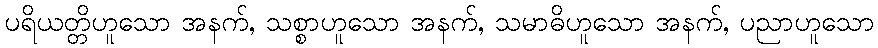
ပရိယတ္တိဟူသော အနက်, သစ္စာဟူသော အနက်, သမာဓိဟူသော အနက်, ပညာဟူသော